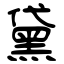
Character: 黛